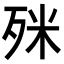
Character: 𣧲